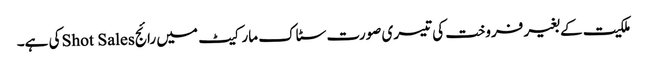
ملکیت کے بغیر فروخت کی تیسری صورت سٹاک مارکیٹ میں رائجShot Salesکی ہے۔